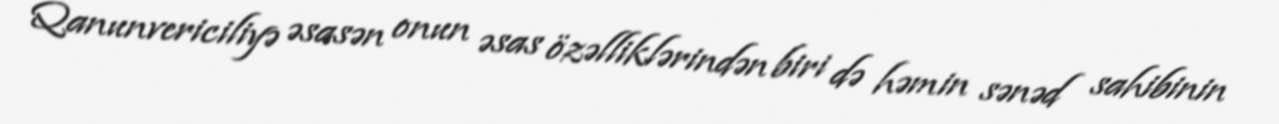
Qanunvericiliyə əsasən onun əsas özəlliklərindən biri də həmin sənəd sahibinin